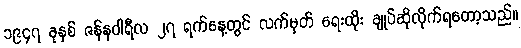
၁၉၄၇ ခုနှစ် ဇန်နဝါရီလ ၂၇ ရက်နေ့တွင် လက်မှတ် ရေးထိုး ချုပ်ဆိုလိုက်ရတော့သည်။